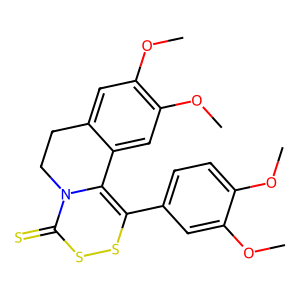
SMILES: COc1ccc(C2=C3c4cc(OC)c(OC)cc4CCN3C(=S)SS2)cc1OC
Inhibits HIV replication: No